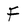
Character: F